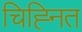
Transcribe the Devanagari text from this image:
चिह्‍नित